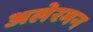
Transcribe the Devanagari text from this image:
अलेरमन